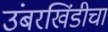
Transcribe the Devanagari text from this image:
उंबरखिंडीचा